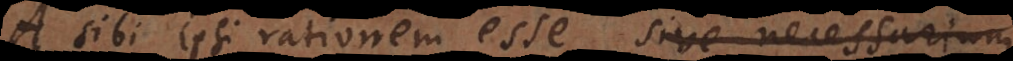
A sibi ipsi rationem esse sive necessarium